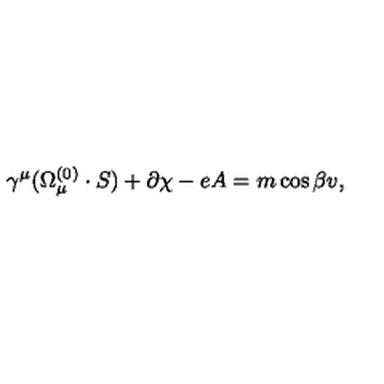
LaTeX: \gamma ^ { \mu } ( \Omega _ { \mu } ^ { ( 0 ) } \cdot S ) + \partial \chi - e A = m \cos { \beta } v ,